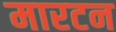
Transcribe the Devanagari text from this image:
मारटन